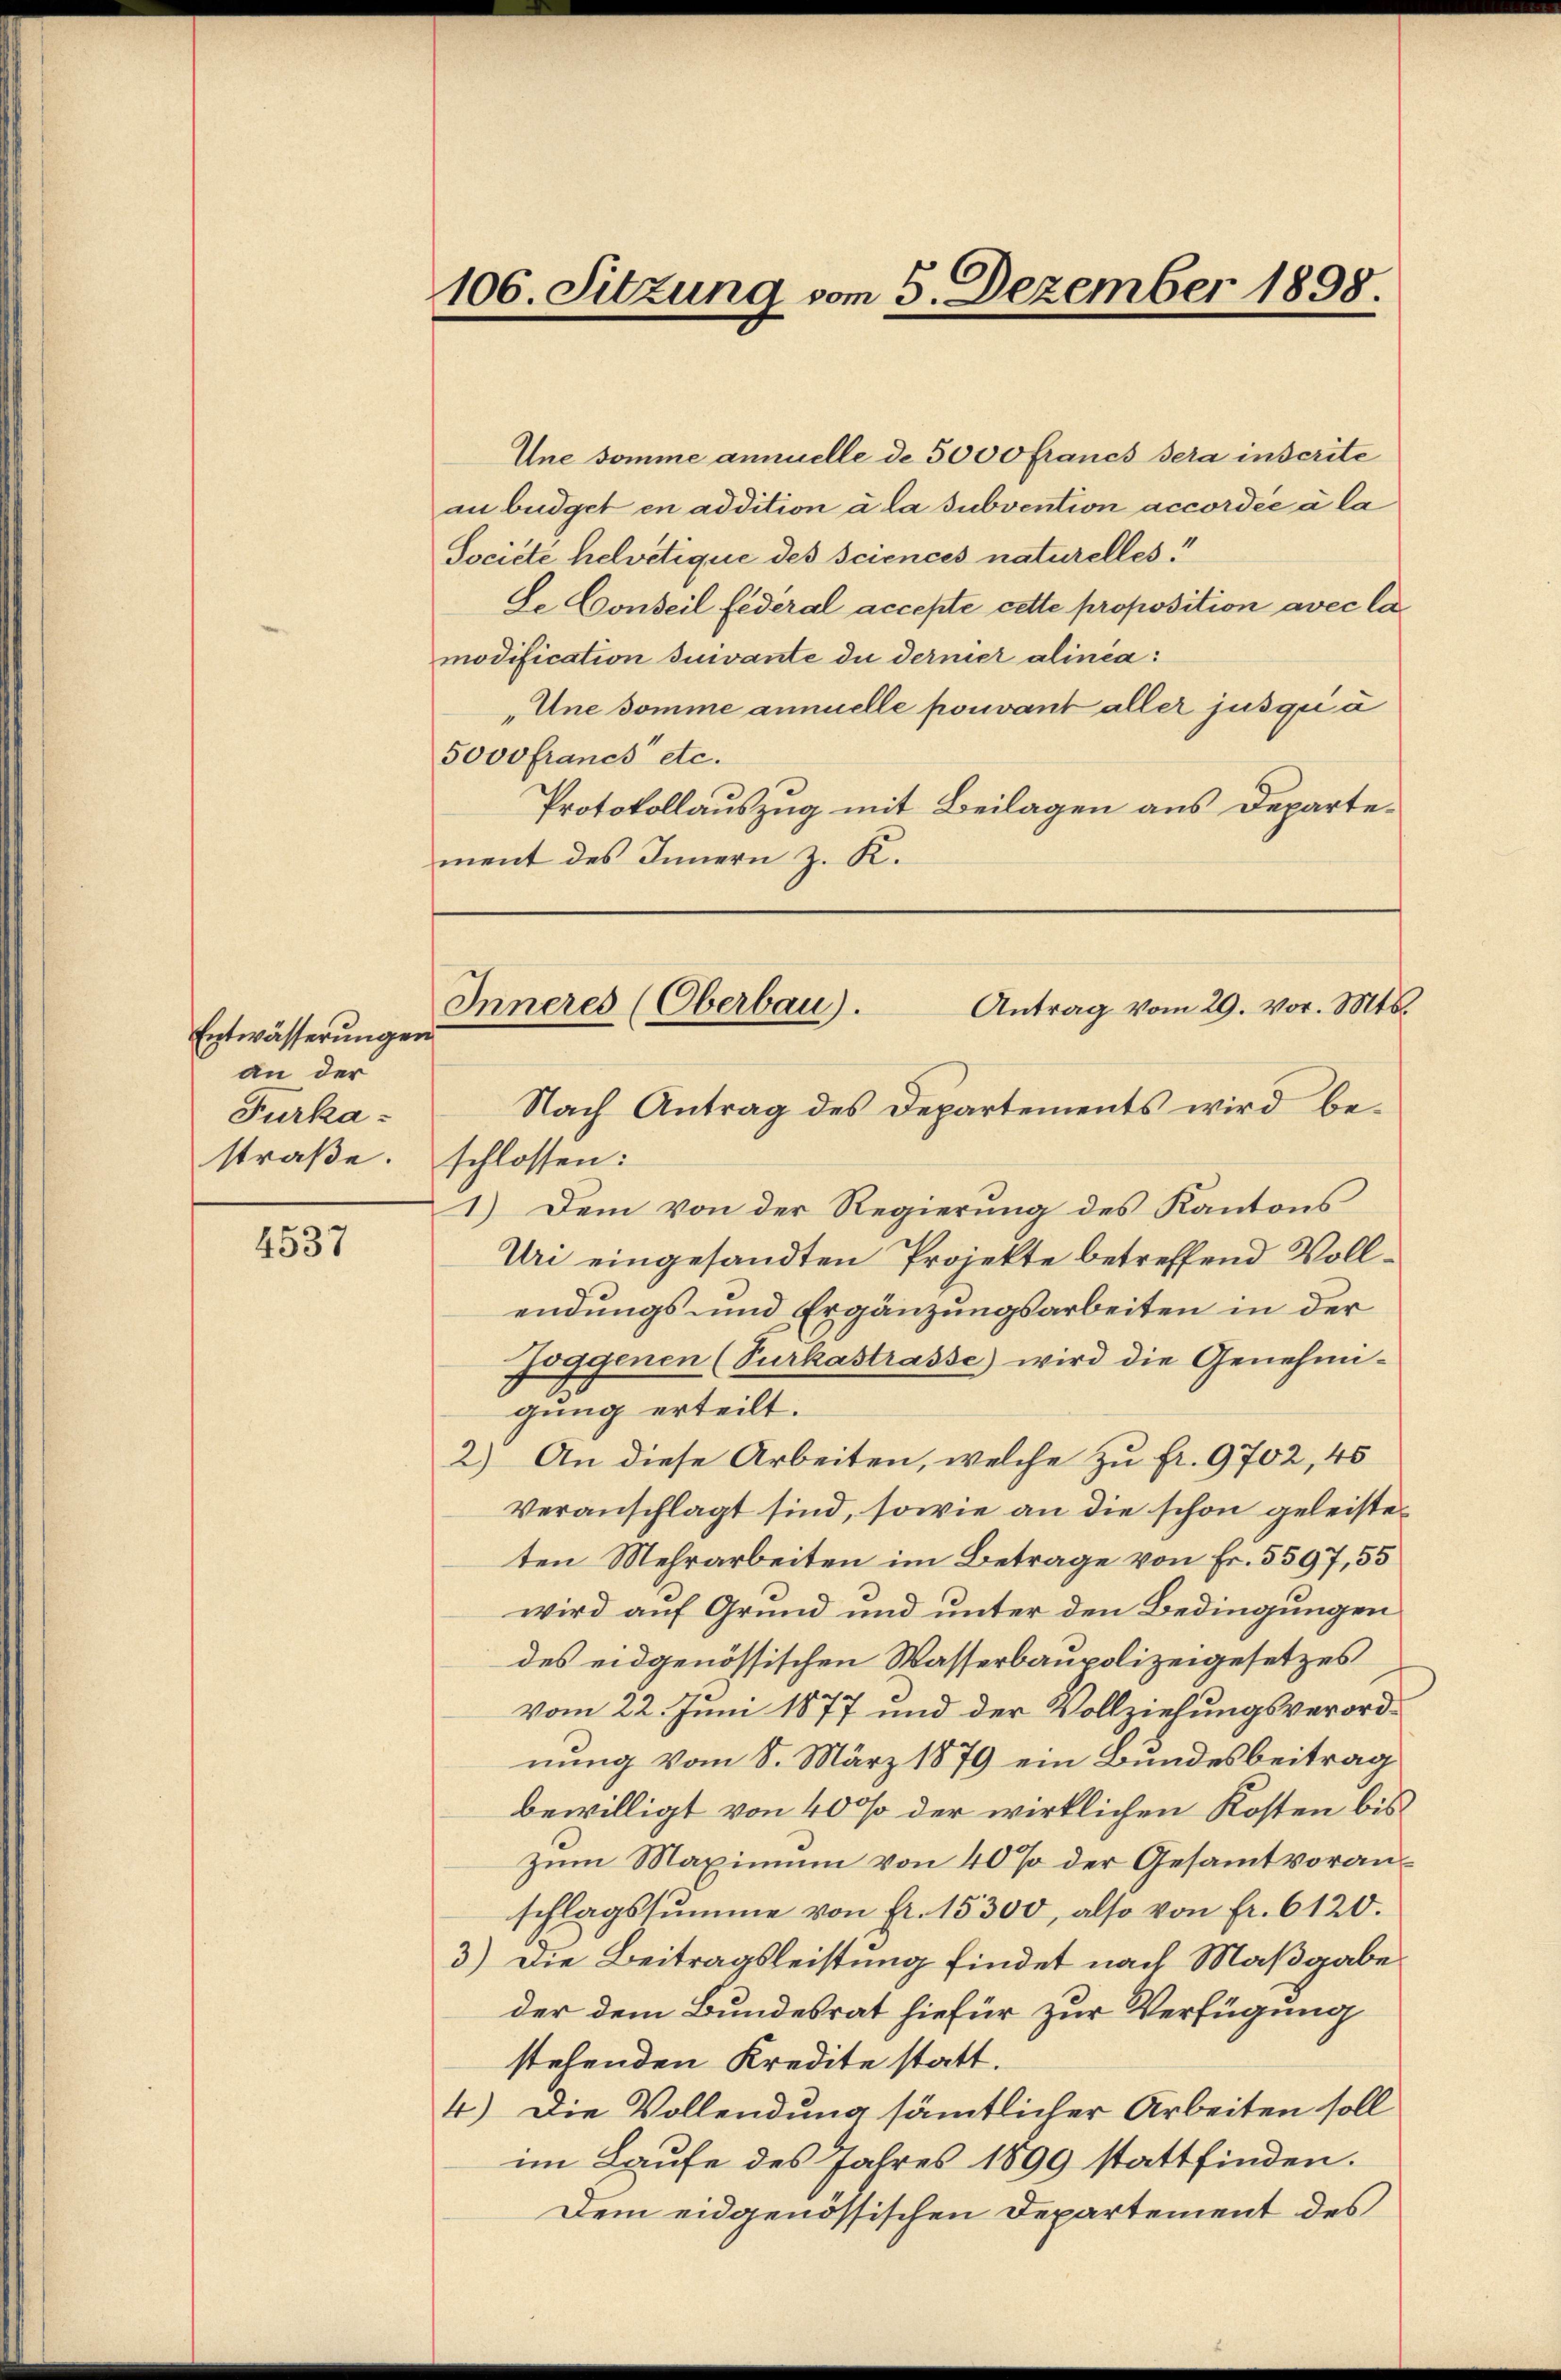
Entwässerungen
an der
Furkastraße.

4537

106. Sitzung vom 5. Dezember 1898.

Une somme annuelle de 5000 francs sera inscrite
anbüdget en addition à la subvention accordée a la
Societe helvetique des sciences naturelles!
Se Conseil fédéral accepté cette proposition avec la
modification suivante du dernier alinea:
„Une somme annuelle pouvant aller jusqu’à
5ooo francs etc.
Protokollauszug mit Beilagen aus Departement des Innern z. K.

Inneres (Oberbau).
Antrag vom 29. vor. Mts.

Nach Antrag des Departements wird be-
schlossen:
1.) Dem von der Regierung des Kantons
Uri eingesandten Projekte betreffend Vollendungs- und Ergänzungsarbeiten in der
Joggenen (Surkastrasse) wird die Genehmi-
gung erteilt.
2.) An diese Arbeiten, welche zu fr. 9702, 45
veranschlagt sind, sowie an die schon geleisteten Mehrarbeiten im Betrage von Fr. 5597, 55
wird auf Grund und unter den Bedingungen
des eidgenössischen Wasserbaupolizeigesetzes
vom 22. Juni 1877 und der Vollziehungsverordnung vom 8. März 1879 ein Bundesbeitrag
bewilligt von 400 der wirklichen Kosten bis
zum Maximum von 40% der Gesammtvoranschlagssumme von fr. 15300, also von fr. 6120.
3.) Die Beitragsleistung findet nach Maßgabe
der dem Bundesrat hiefür zur Verfügung
stehenden Kredite statt.
4.) Die Vollendung sämmtlicher Arbeiten soll
im Laufe des Jahres 1899 stattfinden.
Dem eidgenössischen Departement des